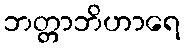
ဘတ္တာဘိဟာရေ